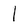
Character: I